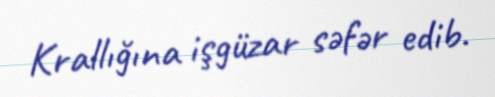
Krallığına işgüzar səfər edib.